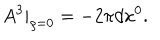
A ^ { 3 } | _ { \varrho = 0 } = - 2 \pi d x ^ { 0 } .